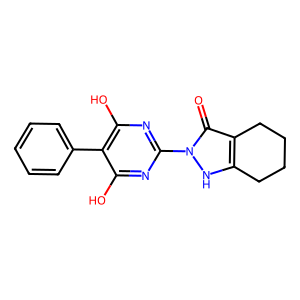
SMILES: O=c1c2c([nH]n1-c1nc(O)c(-c3ccccc3)c(O)n1)CCCC2
Inhibits HIV replication: No